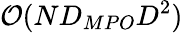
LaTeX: \mathcal{O}(ND_{MPO}D^{2})